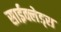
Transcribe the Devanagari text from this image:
साईक्लेड्स